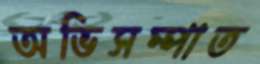
অভিসম্পাত